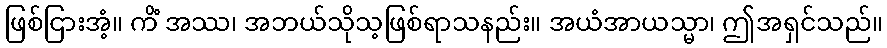
ဖြစ်ငြားအံ့။ ကိံ အဿ၊ အဘယ်သိုသ့ဖြစ်ရာသနည်း။ အယံအာယသ္မာ၊ ဤအရှင်သည်။